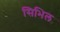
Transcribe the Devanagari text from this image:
सिभिल